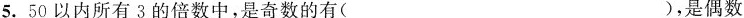
5.50以内所有3的倍数中，是奇数的有( )，是偶数